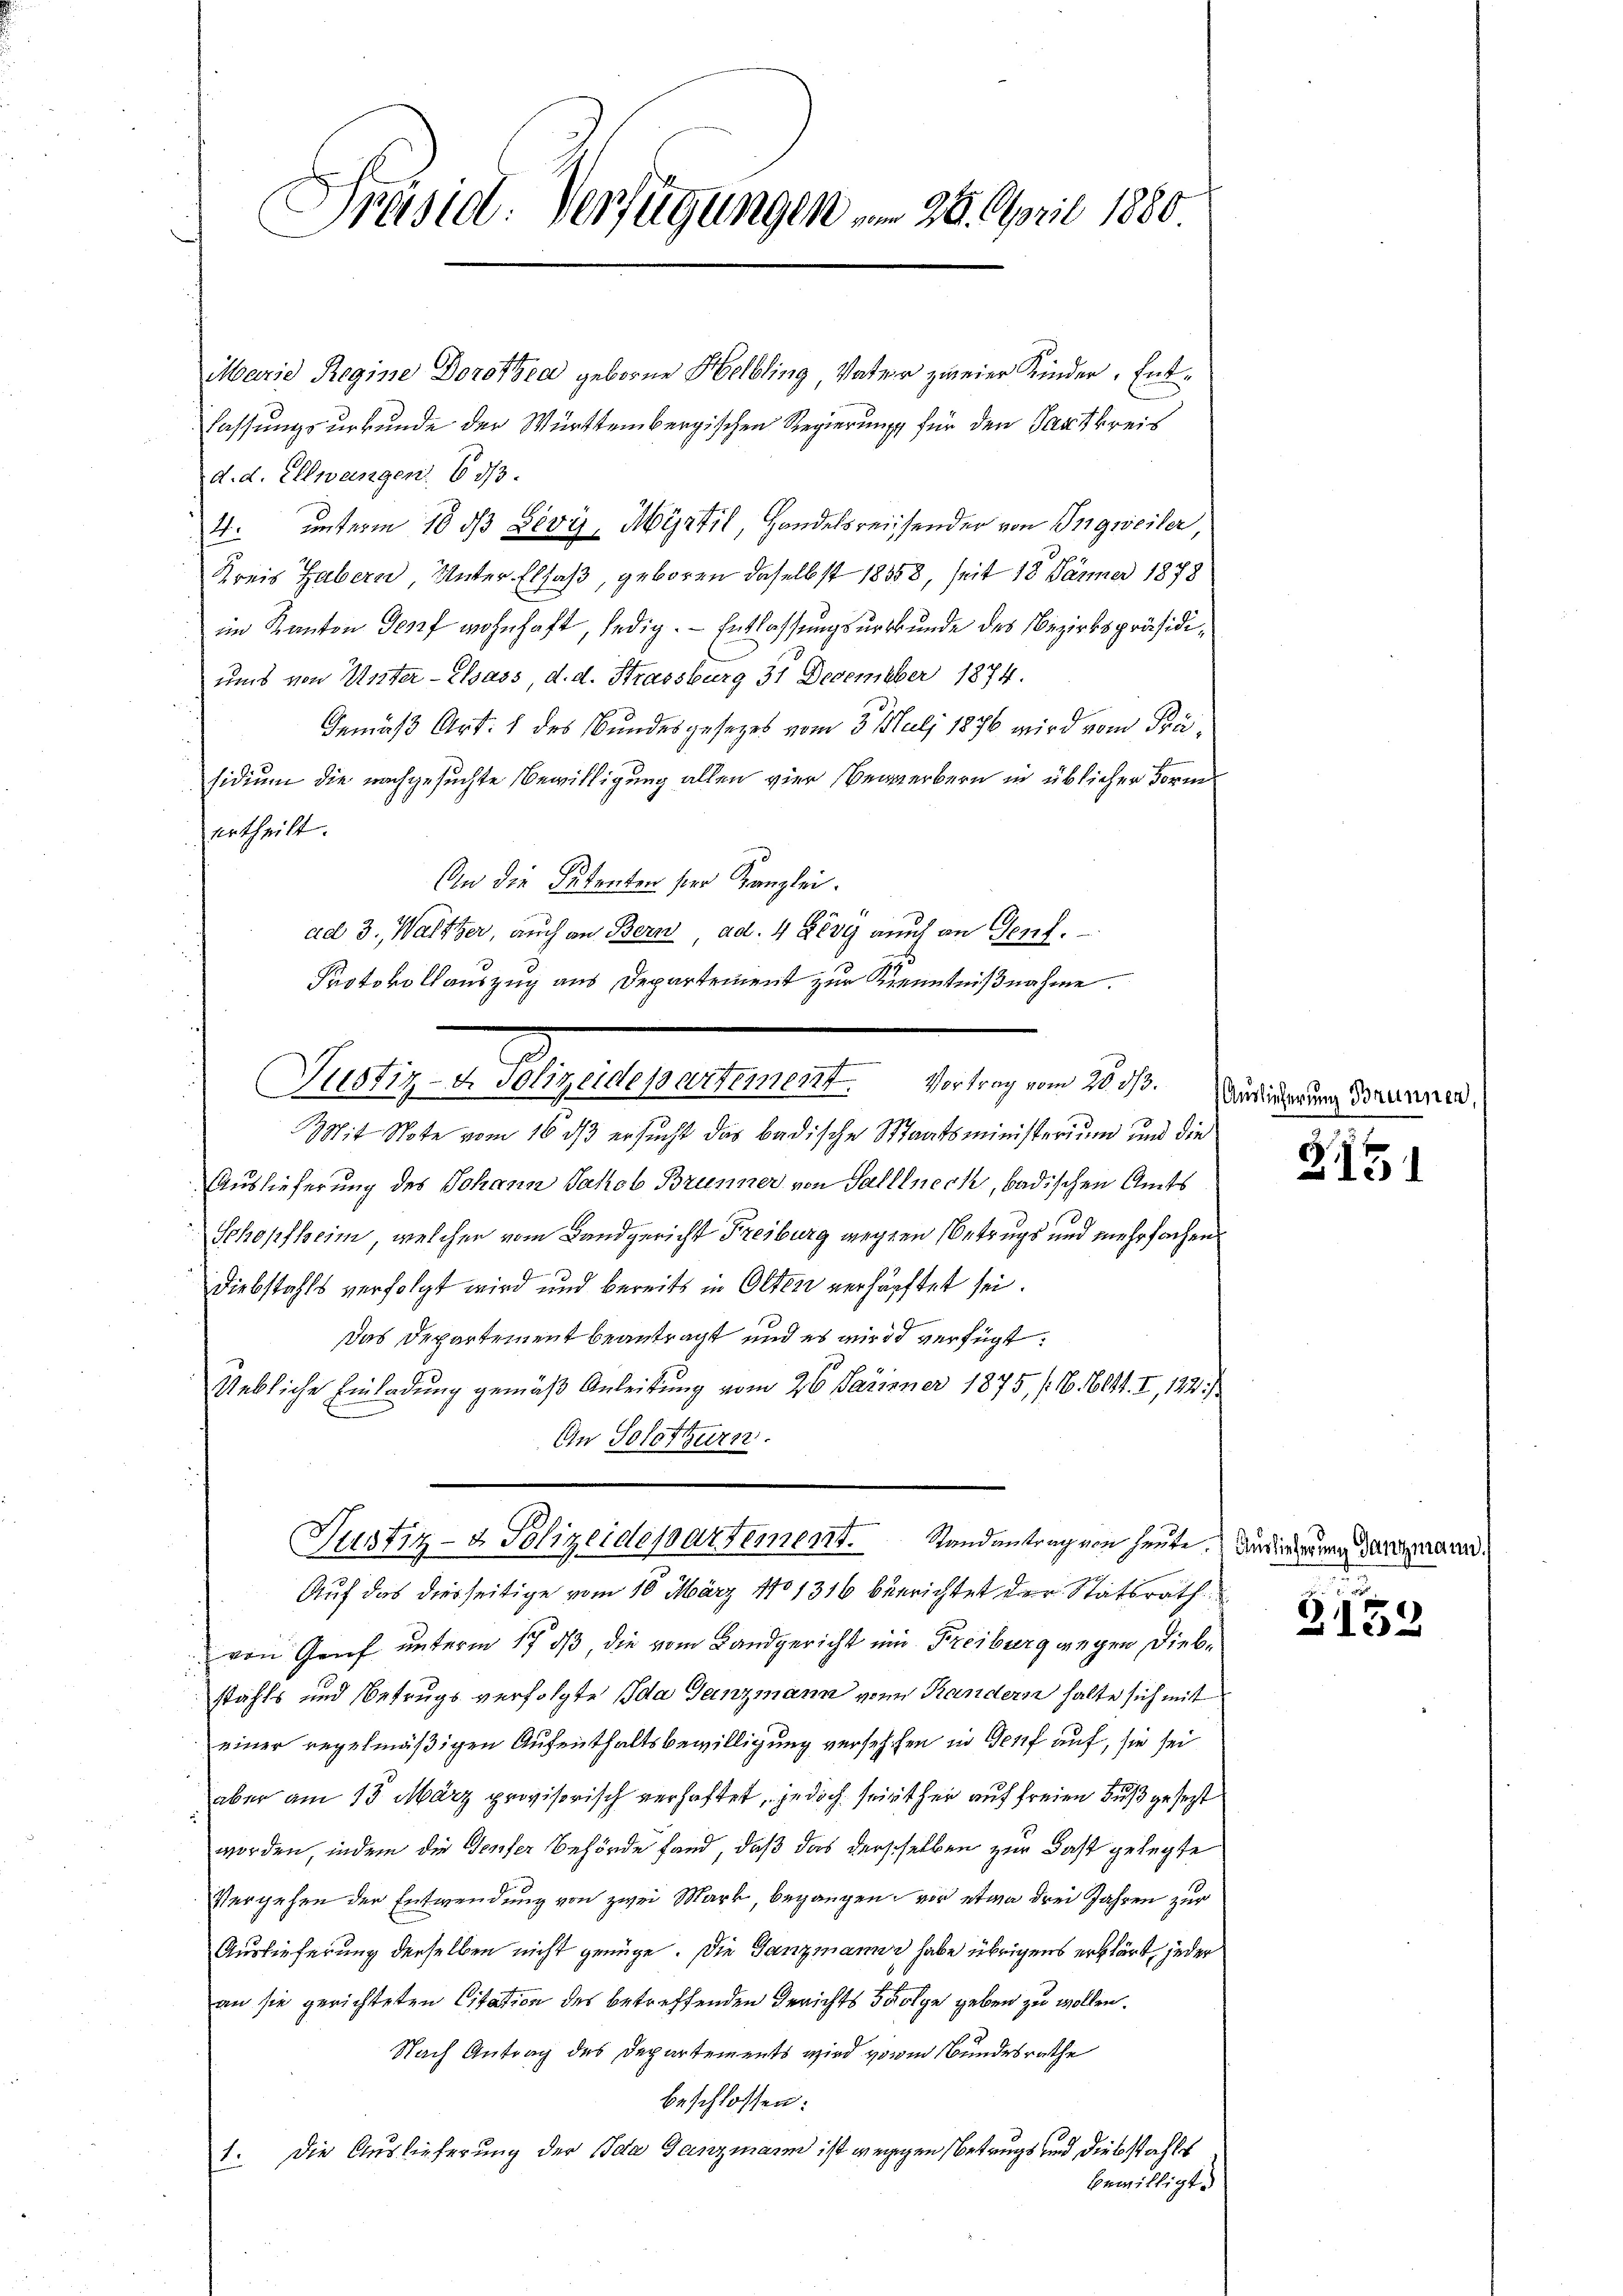
)
Präsid: Verfügungen am 28. April 1880.

Marie Regine Dorothea geborne Helbling, Vater zweier Kinder. Entlassungsurkunde der Württembergischen Regierung für den Saatkreis
d. d. Ellwangen, 633.
4. unterm 18 dß Zevy, Myrtil, Handelsreissender von Ingweiler,
Kreis Gabern, Unter Elsaß, geboren daselbst 18358, seit 18 Jänner 1878
im Kanton Genf wohnhaft, ledig. - Entlassungsurkunde des Bezirkspräsidi¬
und von Unter-Thass d. d. Strassburg 31 December 1874.
Gemäß Art. 1 des Bundesgesetzes vom 3. Juli 1876 wird vom Präsidium die nachgesuchte Bewilligung allen vier Bewerbern in üblicher Form
ertheilt.
An die Petenten sei Kanzlei.
ad 3., Waltzer, auch an Bern ad. 4 Zeug auch an Genf.
Protokollauszug aus Departement zur Kenntnißnahme.
Mit Note vom 16 ds ersucht das badische Staatsministerium und die
Auslieferung des Johann Jakob Brunner von Salllneck, badischen Amts
Schopfheim, welcher vom Landgericht Freiburg wegen Betrugs und mehrfachen
Diebstahls verfolgt wird und bereits in Olten verhärftet sei.
Das Departement beantragt und es wird verfügt:
Uebliche Einladung gemäß Anleitung vom 26 Jarinner 1875 (16. 641. I, 122.)
An Solothurn.
Justiz- & Polizeidepartement. Randantrag von heute. Da die nun daueraven
Auf das diesseitige vom 10. März 1801316 beerichtet der Statsrath
von Genf unterm 17. ds, die vom Landgericht ein Freiburg wegen Diebstahls und Betrugs verfolgte Ida Ganzmann von Randern halte sich mit
einer regelmäßigen Aufenthaltsbewilligung versehchen in Genf auf, sie sei
aber am 15. März provisorisch verhaftet, jedoch seither auf freien Fuß gesetzt
worden, indem die Teufer Behörde fand, daß das dersselben zur Fast gelegte
Vergehen der Entwendung von zwei Mark, begangen vor etwa drei Jahren zur
Auslieferung derselben nicht genüge. Die Tanzmanne habe übrigens erklärt, jeder
an sie gerichteten Citation des betreffenden Gerichts 5 Folge geben zu wollen.
Nach Antrag des Departements wird vonm Bundesrathe
beschlossen:
1. Die Auslieferung der Bea Ganzmann ist weggen Betrugs und Diebstahls
bewilligt.

Justiz- & Polizeidepartement. Vortrag vom 20. ds.

Auslieferung Brunnen,

215

Z152